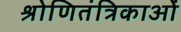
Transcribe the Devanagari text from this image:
श्रोणितंत्रिकाओं